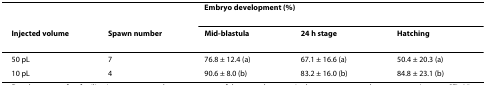
|  |  | <COLSPAN=3> Embryo development (%) |
 | Injected volume | Spawn number | Mid-blastula | 24 h stage | Hatching |
 | --- | --- | --- | --- | --- |
 | 50 pL | 7 | 76.8 ± 12.4 (a) | 67.1 ± 16.6 (a) | 50.4 ± 20.3 (a) |
 | 10 pL | 4 | 90.6 ± 8.0 (b) | 83.2 ± 16.0 (b) | 84.8 ± 23.1 (b) |